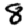
Digit: 8